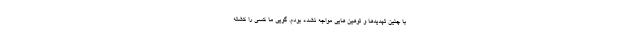
با چنین تهدیدها و توهین هایی مواجه نشده بودم. گویی ما کسی را کشته